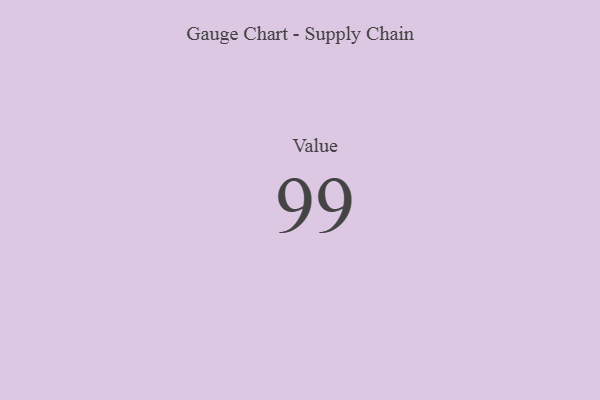
{"axis": {"x": "Metric", "y": "Value"}, "legend": [""], "data": [{"x": "Value", "y": 99, "type": ""}]}